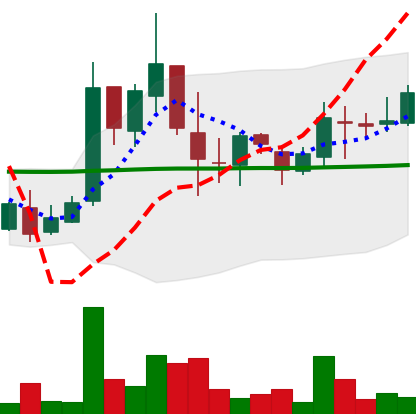
Ticker: LTC-USD
Chart end date: 2017-03-28
Forward return: 86.359%
Label: up_7plus